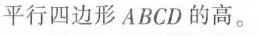
平行四边形ABCD的高。